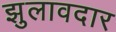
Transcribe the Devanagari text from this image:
झुलावदार